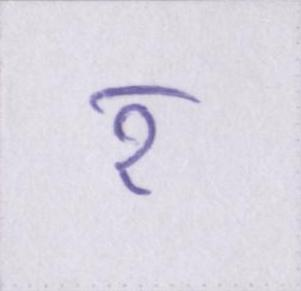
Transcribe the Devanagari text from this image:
र